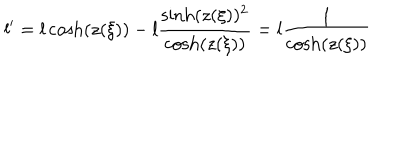
l ^ { \prime } = l \cosh ( z ( \xi ) ) - l \frac { \sinh ( z ( \xi ) ) ^ { 2 } } { \cosh ( z ( \xi ) ) } = l \frac { 1 } { \cosh ( z ( \xi ) ) }